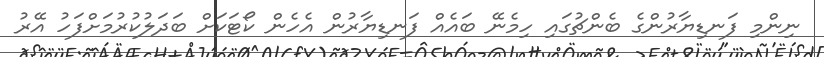
ނިންމި ފަނޑިޔާރުންގެ ބެންޗުގައި ހިމެނޭ ބައެއް ފަނޑިޔާރުން އެހެން ކޯޓަކަށް ބަދަލުކުރުމަށްފަހު އޭރު